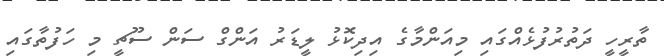
ތާރީހީ ދަތުރުފުޅެއްގައި މިއަންމާގެ އިދިކޮޅު ލީޑަރު އަންގް ސަން ސޫޗީ މި ހަފުތާގައި